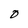
Character: O